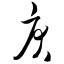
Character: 戾